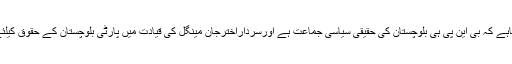
سینٹر ڈاکٹر جہانزیب جمالدینی نے کہاہے کہ بی این پی ہی بلوچستان کی حقیقی سیاسی جماعت ہے اورسرداراخترجان مینگل کی قیادت میں پارٹی بلوچستان کے حقوق کیلئے جمہوری اندازمیں جنگ لڑرہی ہے۔